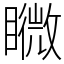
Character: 矀